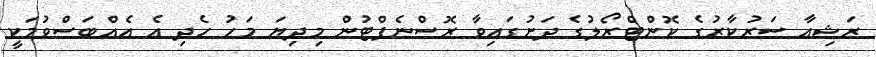
ރަޝިއާ ސަރުކާރުގެ ކޮންޓްރޯލުގެ ދަށުގައިވާ ރޮސްނެފްޓުން މިދިޔަ މަހު ހެދި އެ އެއްބަސްވުމަކީ